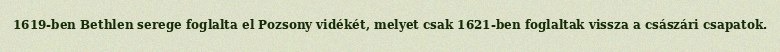
1619-ben Bethlen serege foglalta el Pozsony vidékét, melyet csak 1621-ben foglaltak vissza a császári csapatok.